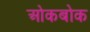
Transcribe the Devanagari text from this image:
ओकबोक